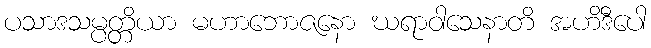
ပသာဒသမ္ပတ္တိယာ မဟာဘောဇနော ဃရာဝါသေနာတိ အဟိဒီပေါ